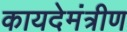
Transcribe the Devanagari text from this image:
कायदेमंत्रीण